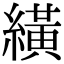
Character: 䌙